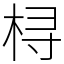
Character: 桪